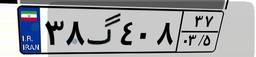
۶۳گ۰۵۸۱۴